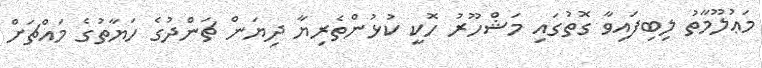
މަޢުލޫމާތު ލިބިފައިވާ ގޮތުގައި މަޝްހޫރު ހޮކީ ކުޅުންތެރިޔާ ދިޔަން ޗަންދުގެ ހަޔާތުގެ މައްޗަށް